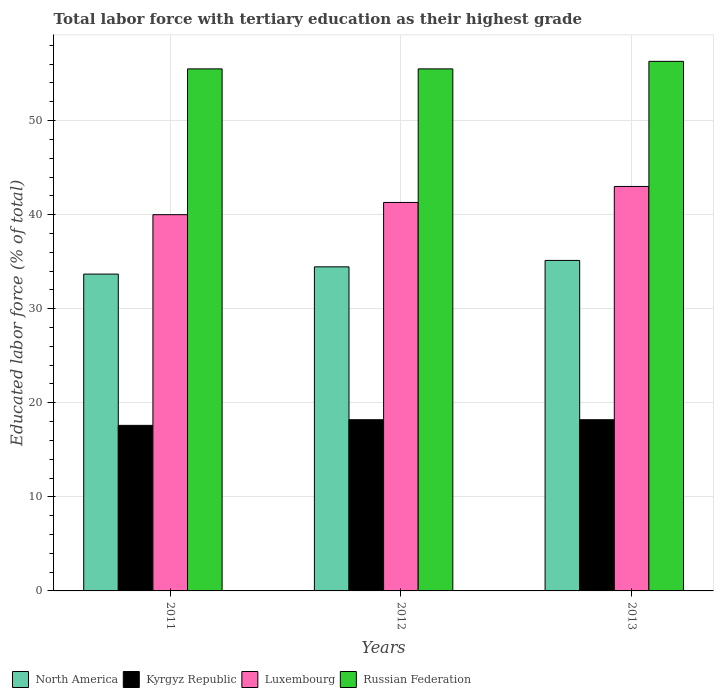
| Years | North America | Kyrgyz Republic | Luxembourg | Russian Federation |
 | --- | --- | --- | --- | --- |
 | 2011 | 33.7 | 17.6 | 40 | 55.5 |
 | 2012 | 34.5 | 18.2 | 41.3 | 55.5 |
 | 2013 | 35.1 | 18.2 | 43 | 56.3 |